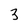
Character: 3